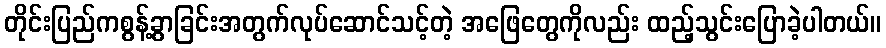
တိုင်းပြည်ကစွန့်ခွာခြင်းအတွက်လုပ်ဆောင်သင့်တဲ့ အဖြေတွေကိုလည်း ထည့်သွင်းပြောခဲ့ပါတယ်။